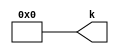
module v3693fc_v465065 #(
 parameter VALUE = 0
) (
 output [4:0] k
);
 assign k = VALUE;
endmodule